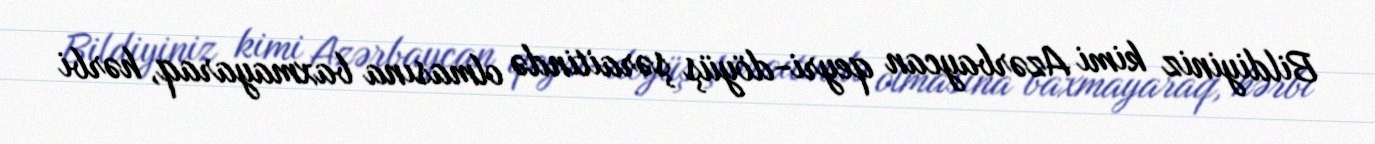
Bildiyiniz kimi Azərbaycan qeyri-döyüş şəraitində olmasına baxmayaraq, hərbi